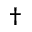
^ \dag